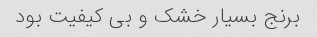
برنج بسیار خشک و بی کیفیت بود